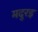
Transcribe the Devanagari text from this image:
मदुरइ